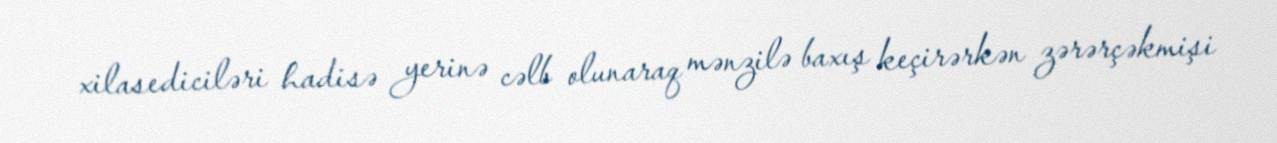
xilasediciləri hadisə yerinə cəlb olunaraq mənzilə baxış keçirərkən zərərçəkmişi